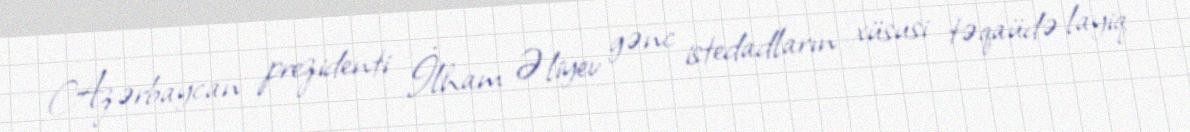
Azərbaycan prezidenti İlham Əliyev gənc istedadların xüsusi təqaüdə layiq